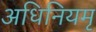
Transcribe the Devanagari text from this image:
अधिनियमृ